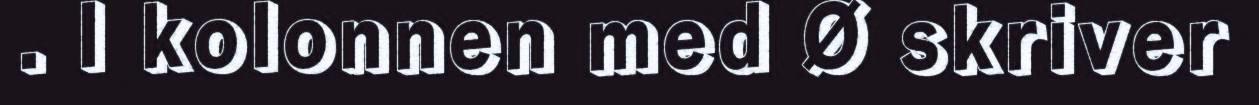
. I kolonnen med Ø skriver